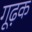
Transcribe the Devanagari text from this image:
गूढ़क